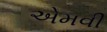
એમવી